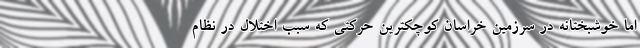
اما خوشبختانه در سرزمین خراسان کوچکترین حرکتی که سبب اختلال در نظام